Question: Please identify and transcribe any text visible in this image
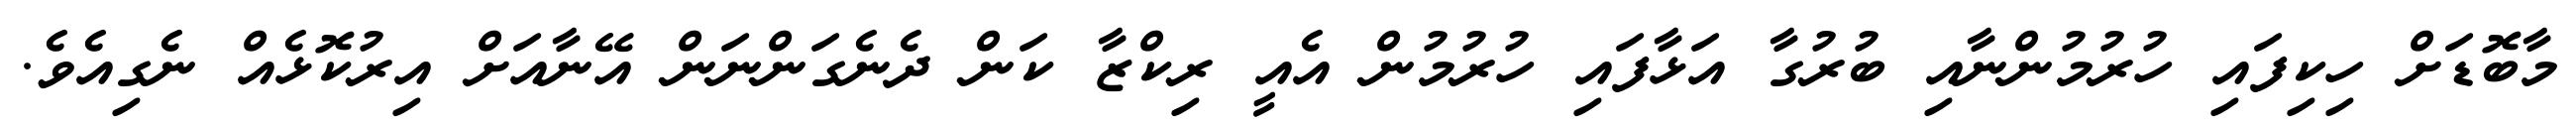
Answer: މާބޮޑަށް ހިކިފައި ހުރުމުންނާއި ބުރުގާ އަޅާފައި ހުރުމުން އެއީ ރިކްޒާ ކަން ދެނެގަންނަން އޭނާއަށް އިރުކޮޅެއް ނެގިއެވެ.